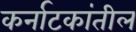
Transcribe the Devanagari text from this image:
कर्नाटकांतील